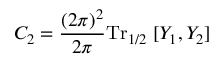
C _ { 2 } = \frac { ( 2 \pi ) ^ { 2 } } { 2 \pi } \mathrm { T r } _ { 1 / 2 } \; [ Y _ { 1 } , Y _ { 2 } ]